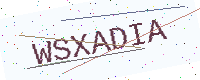
Text: WSXADIA